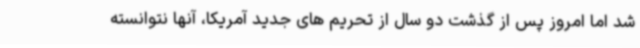
شد اما امروز پس از گذشت دو سال از تحریم های جدید آمریکا، آنها نتوانسته